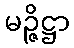
မဉ္ဇိဋ္ဌာ